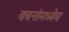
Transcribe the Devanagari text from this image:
वचनांमध्येच